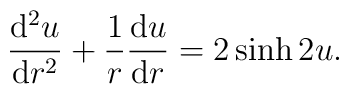
\frac{{\rm d}^{2} u}{{\rm d} r^{2}}+\frac{1}{r}\frac{{\rm d} u}{{\rm d}r}=2\sinh 2u.